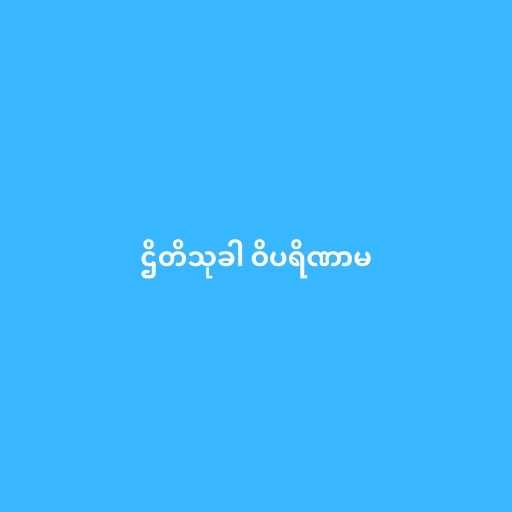
ဌိတိသုခါ ဝိပရိဏာမ